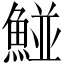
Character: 𩹁